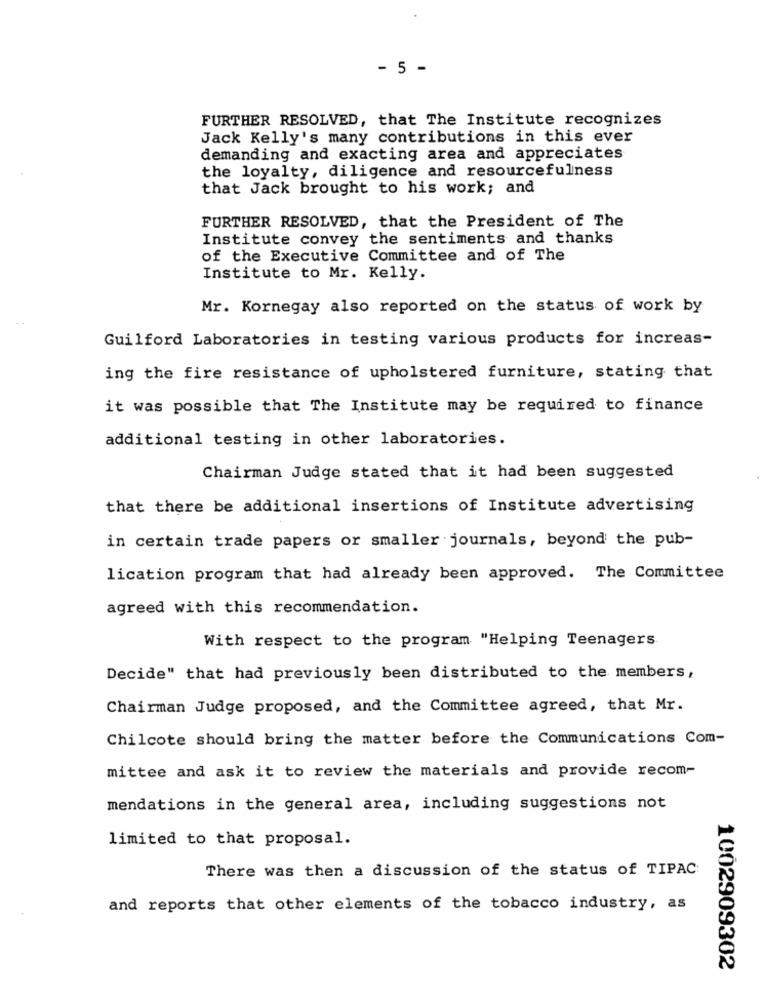
- 5 -
FURTHER RESOLVED, that The Institute recognizes
Jack Kelly's many contributions in this ever
demanding and exacting area and appreciates
the loyalty, diligence and resourcefulness
that Jack brought to his work; and
FURTHER RESOLVED, that the President of The
Institute convey the sentiments and thanks
of the Executive Committee and of The
Institute to Mr. Kelly.
Mr. Kornegay also reported on the status of work by
Guilford Laboratories in testing various products for increas-
ing the fire resistance of upholstered furniture, stating that
it was possible that The Institute may be required to finance
additional testing in other laboratories.
Chairman Judge stated that it had been suggested
that there be additional insertions of Institute advertising
in certain trade papers or smaller journals, beyond the pub-
lication program that had already been approved. The Committee
agreed with this recommendation.
With respect to the program "Helping Teenagers
Decide" that had previously been distributed to the members,
Chairman Judge proposed, and the Committee agreed, that Mr.
Chilcote should bring the matter before the Communications Com-
mittee and ask it to review the materials and provide recom-
mendations in the general area, including suggestions not
limited to that proposal.
There was then a discussion of the status of TIPAC
and reports that other elements of the tobacco industry, as
1002909302